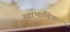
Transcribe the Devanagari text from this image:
स्‍वाभाविक